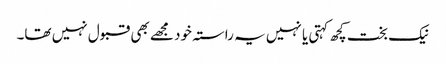
نیک بخت کچھ کہتی یا نہیں یہ راستہ خود مجھے بھی قبول نہیں تھا۔